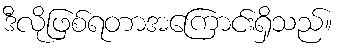
ဒီလိုဖြစ်ရတာအကြောင်းရှိသည်။